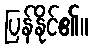
ပြန်နိုင်၏။